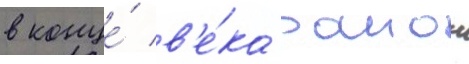
в конце́ в'е́ка раион